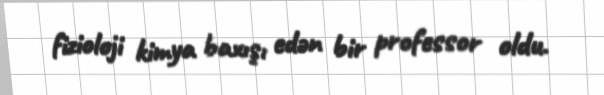
fizioloji kimya baxışı edən bir professor oldu.